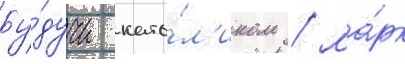
Бу́дучи като́л'иком / ма́рк